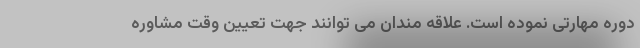
دوره مهارتی نموده است. علاقه مندان می توانند جهت تعیین وقت مشاوره